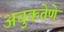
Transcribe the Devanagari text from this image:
अचुकतेणे